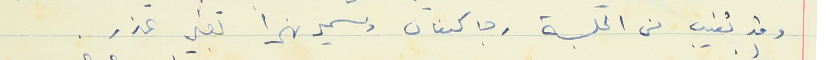
وقد تغيب من الحلسة رجا كنعان وسمير نهرا بغير عذر.